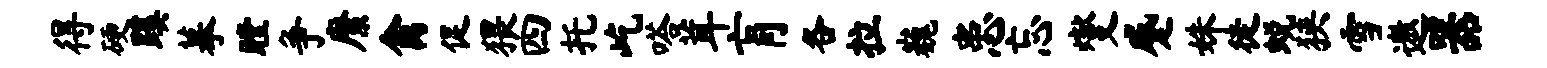
得硬蹊摹瞠争縻禽促猥四托屹嗒茸肓各拉巍患忘燮蹙姝徒蜕狭雪遨器